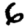
Digit: 6